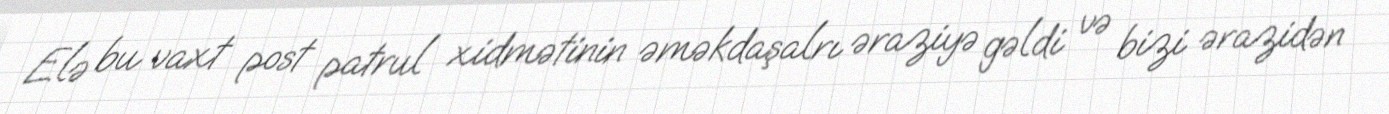
Elə bu vaxt post patrul xidmətinin əməkdaşalrı əraziyə gəldi və bizi ərazidən